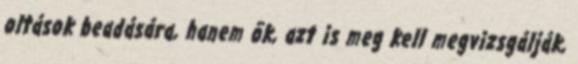
oltások beadására, hanem õk, azt is meg kell megvizsgálják,